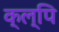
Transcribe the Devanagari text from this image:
क्ल्पि